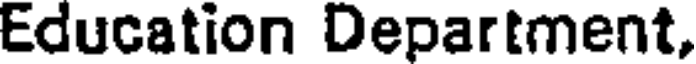
Education Department,